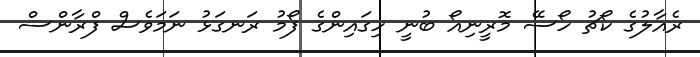
ރެއާލުގެ ކޯޗު ހޯސޭ މޮރީނިއޯ ބުނީ ހިގައިންގެ ފޯމު ރަނގަޅު ނަމަވެސް ފްރާންސް